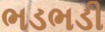
ભડભડી